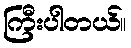
ကြီးပါတယ်။